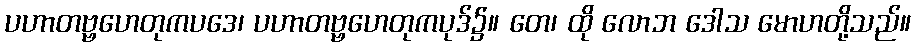
ပဟာတဗ္ဗဟေတုကပဒေ၊ ပဟာတဗ္ဗဟေတုကပုဒ်၌။ တေ၊ ထို လောဘ ဒေါသ မောဟတို့သည်။